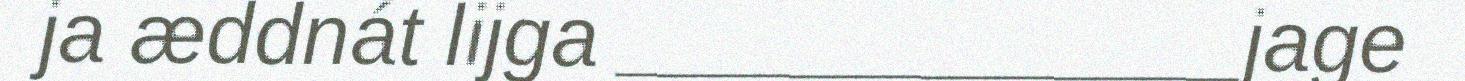
ja æddnát lijga _____________jage